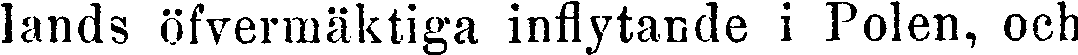
lands öfvermäktiga inflytande i Polen, och